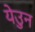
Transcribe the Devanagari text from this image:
येउुन